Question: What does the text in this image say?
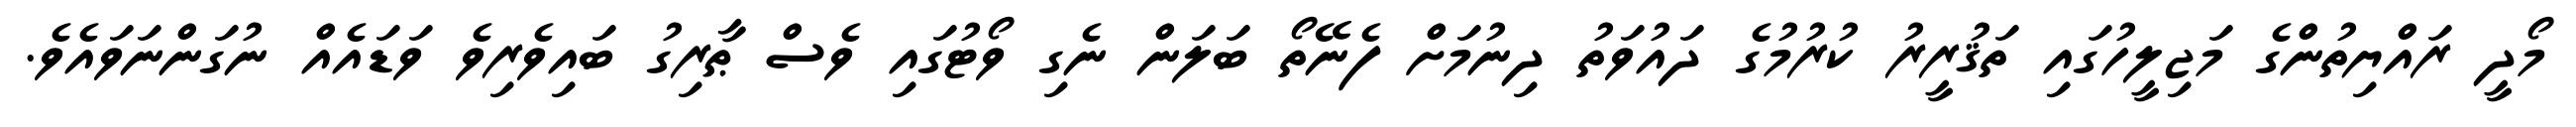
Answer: މޯދީ ރައްޔިތުންގެ މަޖިލީހުގައި ތަޤުރީރު ކުރުމުގެ ދައުވަތު ދިނުމަށް ފެނޭތޯ ބަލަން ނެގި ވޯޓުގައި ވެސް ޠާރިގު ބައިވެރިވެ ވަޑައެއް ނުގަންނަވައެވެ.